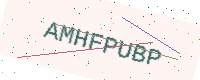
Text: AMHFPUBP